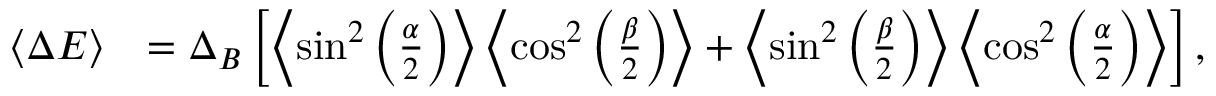
\begin{array} { r l } { \left\langle { \Delta E } \right\rangle } & { = \Delta _ { B } \left[ \left\langle { \sin ^ { 2 } \left( \frac { \alpha } { 2 } \right) } \right\rangle \left\langle { \cos ^ { 2 } \left( \frac { \beta } { 2 } \right) } \right\rangle + \left\langle { \sin ^ { 2 } \left( \frac { \beta } { 2 } \right) } \right\rangle \left\langle { \cos ^ { 2 } \left( \frac { \alpha } { 2 } \right) } \right\rangle \right] , } \end{array}